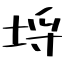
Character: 埒